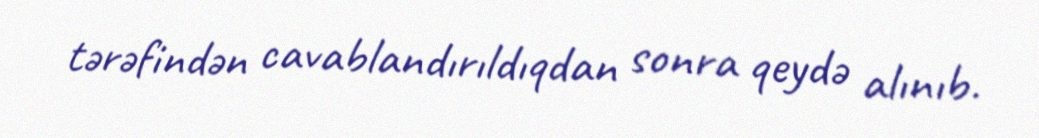
tərəfindən cavablandırıldıqdan sonra qeydə alınıb.